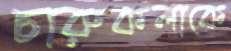
চারুকলাকে